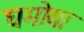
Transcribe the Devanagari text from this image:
घमोया